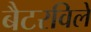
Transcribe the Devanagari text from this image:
बैटरविले